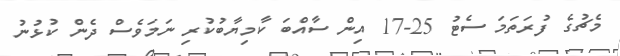
މެޗުގެ ފުރަތަމަ ސެޓު 25-17 އިން ސާއްބަ ކާމިޔާބުކުރި ނަމަވެސް ދެން ކުޅުނު